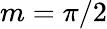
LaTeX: m=\pi/2